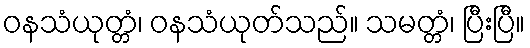
ဝနသံယုတ္တံ၊ ဝနသံယုတ်သည်။ သမတ္တံ၊ ပြီးပြီ။